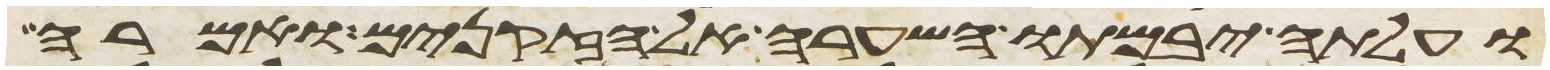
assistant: ועלתה יבמתו השערה אל הזקנים ואמרה